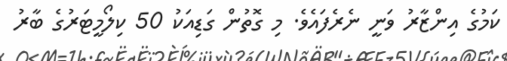
ކަމުގެ އިންޒާރު ވަނީ ނެރެފައެވެ. މި ގޮތުން ގަޑިއަކު 50 ކިލޯމީޓަރުގެ ބާރު